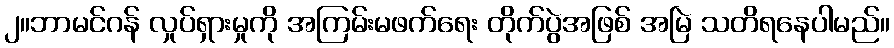
၂။ဘာမင်ဂန် လှုပ်ရှားမှုကို အကြမ်းမဖက်ရေး တိုက်ပွဲအဖြစ် အမြဲ သတိရနေပါမည်။